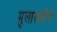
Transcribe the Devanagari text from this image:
मुलाखतीने